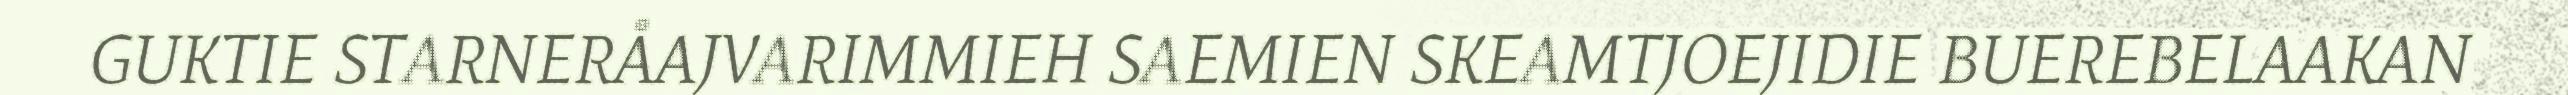
GUKTIE STARNERÅAJVARIMMIEH SAEMIEN SKEAMTJOEJIDIE BUEREBELAAKAN